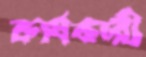
কার্যকারী